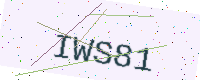
Text: IWS81